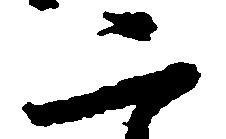
二